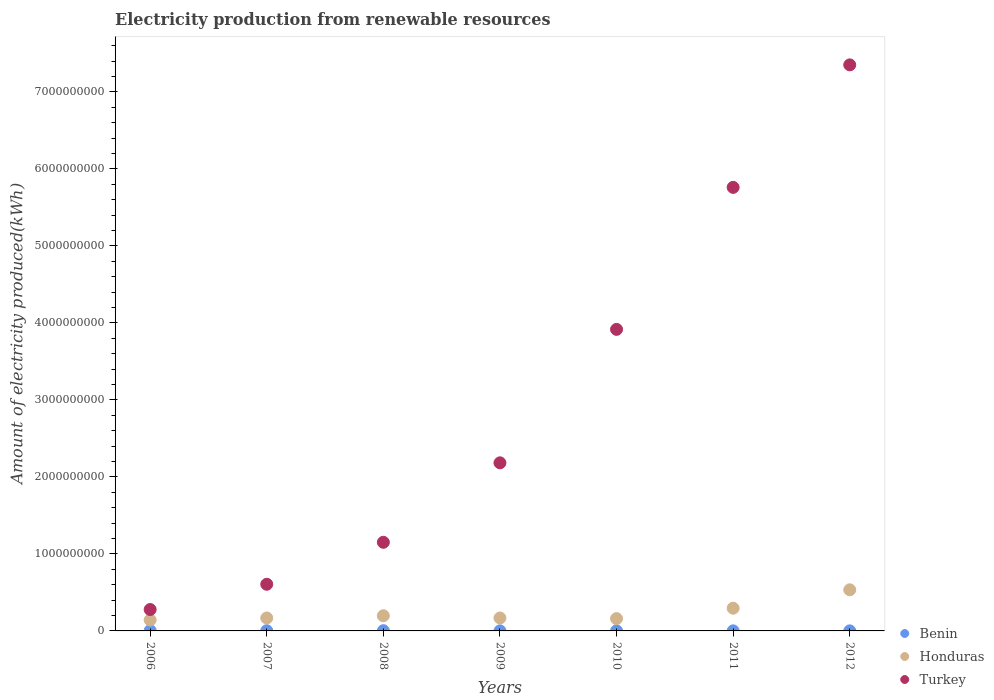
| Years | Benin | Honduras | Turkey |
 | --- | --- | --- | --- |
 | 2006 | 4e+06 | 1.42e+08 | 2.78e+08 |
 | 2007 | 3e+06 | 1.68e+08 | 6.06e+08 |
 | 2008 | 3e+06 | 1.97e+08 | 1.15e+09 |
 | 2009 | 1e+06 | 1.68e+08 | 2.18e+09 |
 | 2010 | 1e+06 | 1.6e+08 | 3.92e+09 |
 | 2011 | 1e+06 | 2.95e+08 | 5.76e+09 |
 | 2012 | 1e+06 | 5.34e+08 | 7.35e+09 |